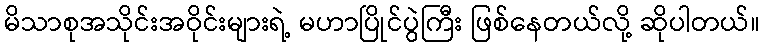
မိသာစုအသိုင်းအဝိုင်းများရဲ့ မဟာပြိုင်ပွဲကြီး ဖြစ်နေတယ်လို့ ဆိုပါတယ်။